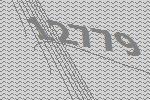
12779